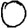
Digit: 0